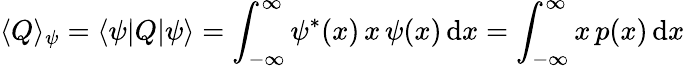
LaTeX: \langle Q\rangle_{\psi}=\langle\psi|Q|\psi\rangle=\int_{-\infty}^{\infty}\psi^{\ast}(x)\, x\, \psi(x)\, \mathrm{d}x=\int_{-\infty}^{\infty}x\, p(x)\, \mathrm{d}x